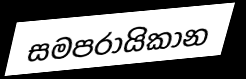
සමපරායිකාන